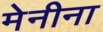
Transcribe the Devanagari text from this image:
मेनीना